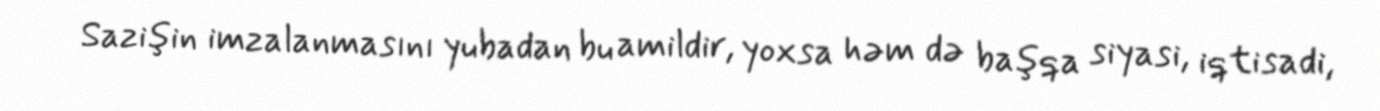
Sazişin imzalanmasını yubadan bu amildir, yoxsa həm də başqa siyasi, iqtisadi,